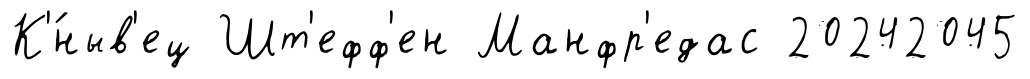
К'́ныв'ец Шт'ефф'ен Манфр'едас 20242045